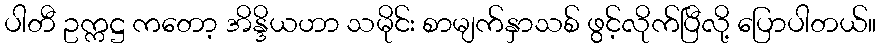
ပါတီ ဥက္ကဋ္ဌ ကတော့ အိန္ဒိယဟာ သမိုင်း စာမျက်နှာသစ် ဖွင့်လိုက်ပြီလို့ ပြောပါတယ်။